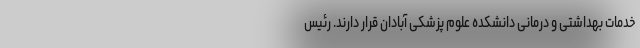
خدمات بهداشتی و درمانی دانشکده علوم پزشکی آبادان قرار دارند. رئیس